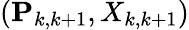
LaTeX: (\mathbf{P}_{k,k+1},X_{k,k+1})